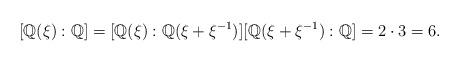
LaTeX: \begin{align*} [\mathbb{Q}(\xi): \mathbb{Q}]= [\mathbb{Q}(\xi): \mathbb{Q}(\xi+\xi^{-1})][\mathbb{Q}(\xi+\xi^{-1}): \mathbb{Q}]=2\cdot 3=6.\end{align*}